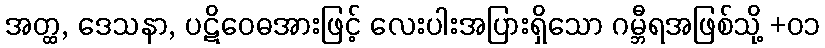
အတ္ထ, ဒေသနာ, ပဋိဝေဓအားဖြင့် လေးပါးအပြားရှိသော ဂမ္ဘီရအဖြစ်သို့ +၀၁